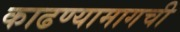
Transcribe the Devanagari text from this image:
काढण्यामागची